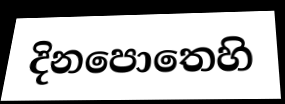
දිනපොතෙහි